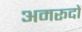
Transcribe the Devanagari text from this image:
अमरूदों